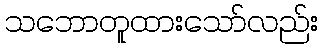
သဘောတူထားသော်လည်း